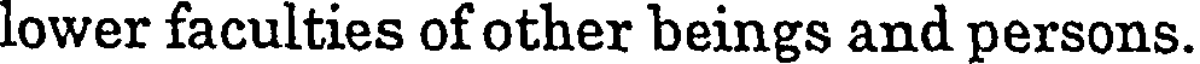
lower faculties of other beings and persons.